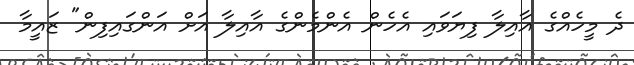
ދެ މީހެއްގެ އާއިލާ ފިޔަވައި އެހެން އެންމެންގެ އާއިލާ އަށް އަންގައިފިން" ޒައީމާ